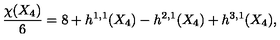
{ \frac { \chi ( X _ { 4 } ) } { 6 } } = 8 + h ^ { 1 , 1 } ( X _ { 4 } ) - h ^ { 2 , 1 } ( X _ { 4 } ) + h ^ { 3 , 1 } ( X _ { 4 } ) ,